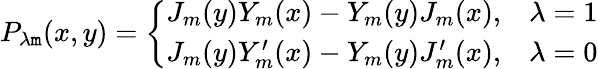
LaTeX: P_{\lambda\mathtt{m}}(x,y)=\left\{ \begin{array}{ll}{{J_{m}(y)Y_{m}(x)-Y_{m}(y)J_{m}(x),}}&{{\lambda=1}}\\ {{J_{m}(y)Y_{m}^{\prime}(x)-Y_{m}(y)J_{m}^{\prime}(x),}}&{{\lambda=0}}\end{array}\right.